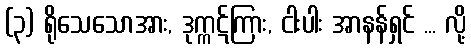
(၃) ရိုသေသောအား, ဒုက္ကဋ်ကြား, ငါးပါး အာနန်ရှင် ... လို့